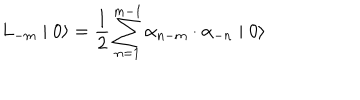
L _ { - m } \mid 0 \rangle = \frac { 1 } { 2 } \sum _ { n = 1 } ^ { m - 1 } { \alpha } _ { n - m } \cdot { \alpha } _ { - n } \mid 0 \rangle